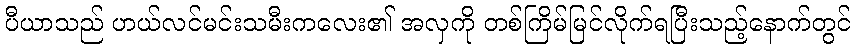
ပီယာသည် ဟယ်လင်မင်းသမီးကလေး၏ အလှကို တစ်ကြိမ်မြင်လိုက်ရပြီးသည့်နောက်တွင်